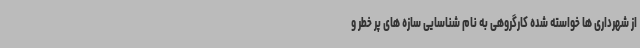
از شهرداری ها خواسته شده کارگروهی به نام شناسایی سازه های پر خطر و